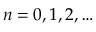
n = 0 , 1 , 2 , \ldots